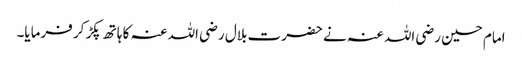
امام حسین رضی اللہ عنہ نے حضرت بلال رضی اللہ عنہ کا ہاتھ پکڑ کر فرمایا۔